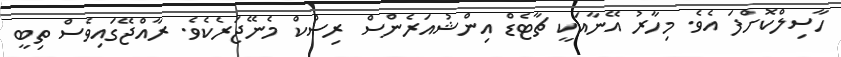
ހާސިލްކޮށްފަ އެވެ. މިހާރު އޭނާއަކީ ޗާޓެޑް އިންޝުއަރެންސް ރިސްކް މެނޭޖަރެކެވެ. ރާއްޖޭގައިވެސް ތިބީ